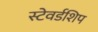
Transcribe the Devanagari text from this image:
स्टेवर्डशिप